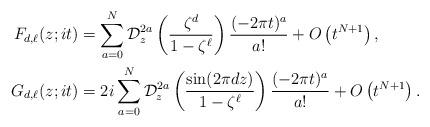
LaTeX: \begin{align*}F_{d, \ell}(z; it)&=\sum_{a=0}^N\mathcal{D}_z^{2a}\left(\frac{\zeta^d}{1-\zeta^\ell}\right)\frac{(-2\pi t)^a}{a!} +O\left(t^{N+1}\right),\\G_{d, \ell}(z; it)&=2i\sum_{a=0}^N\mathcal{D}_z^{2a}\left(\frac{\sin(2 \pi d z)}{1-\zeta^\ell}\right)\frac{(-2\pi t)^a}{a!} +O\left(t^{N+1}\right).\end{align*}